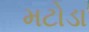
મટોડા